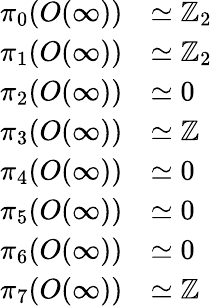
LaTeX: {\begin{array}{rl}{\pi_{0}(O(\infty))}&{\simeq\mathbb{Z}_{2}}\\ {\pi_{1}(O(\infty))}&{\simeq\mathbb{Z}_{2}}\\ {\pi_{2}(O(\infty))}&{\simeq 0}\\ {\pi_{3}(O(\infty))}&{\simeq\mathbb{Z}}\\ {\pi_{4}(O(\infty))}&{\simeq 0}\\ {\pi_{5}(O(\infty))}&{\simeq 0}\\ {\pi_{6}(O(\infty))}&{\simeq 0}\\ {\pi_{7}(O(\infty))}&{\simeq\mathbb{Z}}\end{array}}